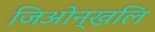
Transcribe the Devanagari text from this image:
जिओन्खलि